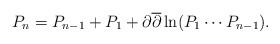
\begin{align*}P_{n}=P_{n-1}+P_{1}+\partial \overline{\partial }\ln (P_{1}\cdots P_{n-1}).\end{align*}